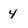
Character: 4